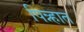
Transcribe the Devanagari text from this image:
पिन्न्हात